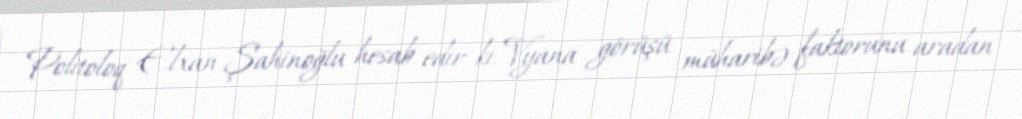
Politoloq Elxan Şahinoğlu hesab edir ki, Vyana görüşü müharibə faktorunu aradan